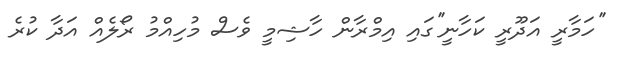
''ހަމާރީ އަދޫރީ ކަހާނީ''ގައި އިމްރާން ހާޝިމީ ވެސް މުހިއްމު ރޯލެއް އަދާ ކުރެ